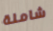
شاملة